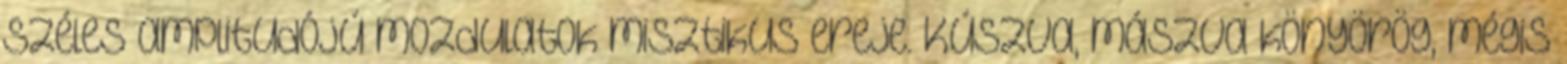
széles amplitudójú mozdulatok misztikus ereje. Kúszva, mászva könyörög, mégis